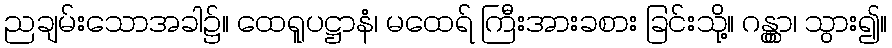
ညချမ်းသောအခါ၌။ ထေရူပဋ္ဌာနံ၊ မထေရ် ကြီးအားခစား ခြင်းသို့။ ဂန္တွာ၊ သွား၍။